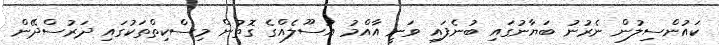
ކައުންސިލުން ނެރުނު ބަޔާނުގައި ބުނެފައި ވަނީ އާއްމު އުސޫލެއްގެ ގޮތުން މިސްކިތްތަކުގައި ދަރުސްދޭން